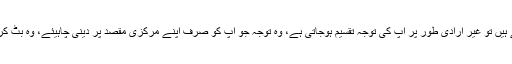
ماہرین کا کہنا ہے کہ جب آپ پلان بی بناتے ہیں تو غیر ارادی طور پر آپ کی توجہ تقسیم ہوجاتی ہے، وہ توجہ جو آپ کو صرف اپنے مرکزی مقصد پر دینی چاہیئے، وہ بٹ کر پلان اے اور پلان بی میں تقسیم ہوجاتی ہے۔